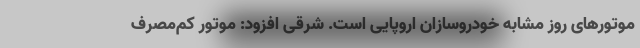
موتورهای روز مشابه خودروسازان اروپایی است. شرقی افزود: موتور کم‌مصرف